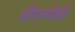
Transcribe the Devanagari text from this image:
सीएनपीसी